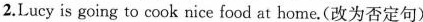
2.Lucy is going to cook nice food at home.(改为否定句)